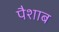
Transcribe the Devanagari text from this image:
पैशाब